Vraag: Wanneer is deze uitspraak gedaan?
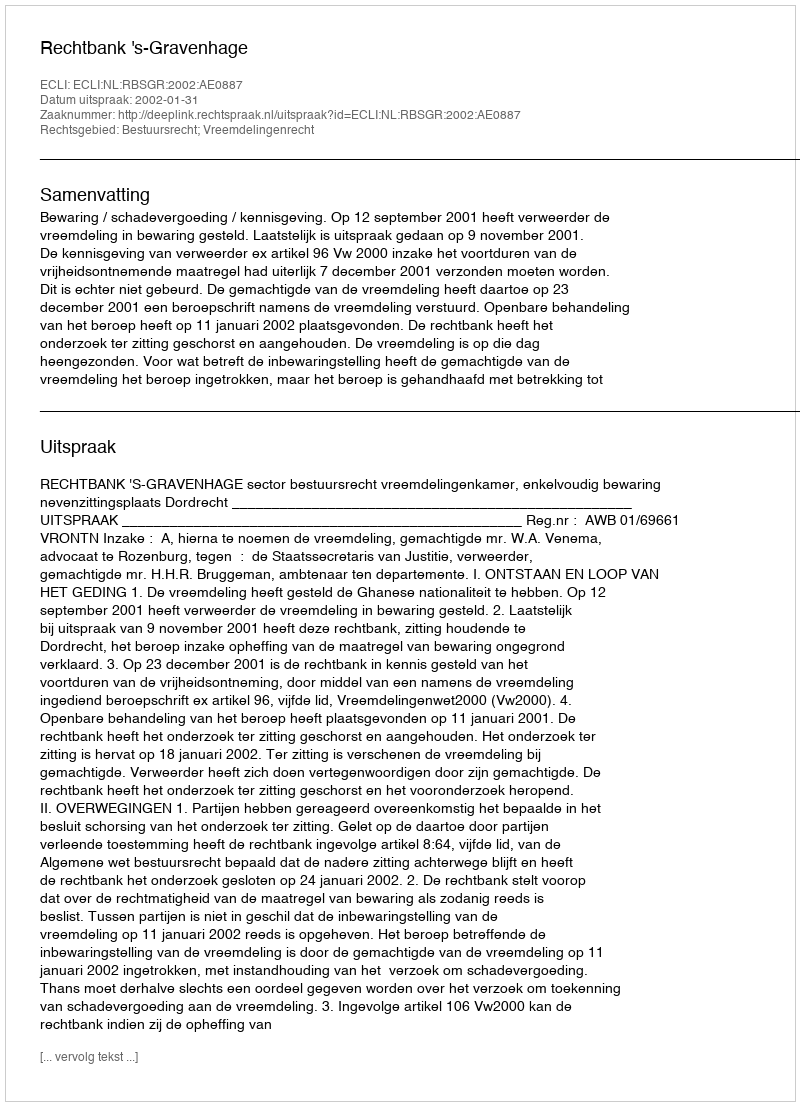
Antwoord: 2002-01-31